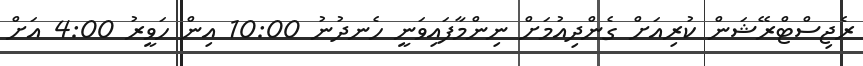
ރެޖިސްޓްރޭޝަން ކުރިއަށް ގެންދިއުމަށް ނިންމާފައިވަނީ ހެނދުނު 10:00 އިން ހަވީރު 4:00 އަށް